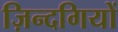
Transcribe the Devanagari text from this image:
ज़िन्दगियों